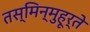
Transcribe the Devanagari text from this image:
तस्मिन्मुहूर्ते